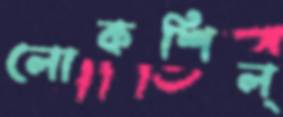
লোকশিল্